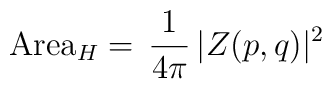
\mbox{Area}_H = \, \frac{1}{4\pi} \, \vert Z(p,q) \vert^2